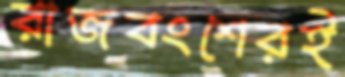
রাজবংশেরই